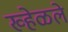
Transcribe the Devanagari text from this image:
ख्हेळले